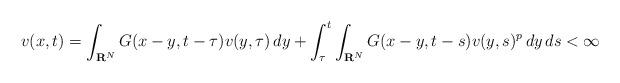
LaTeX: \begin{align*}v(x,t)=\int_{{\bf R}^N}G(x-y,t-\tau)v(y,\tau)\,dy+\int_\tau^t\int_{{\bf R}^N}G(x-y,t-s)v(y,s)^p\,dy\,ds<\infty\end{align*}